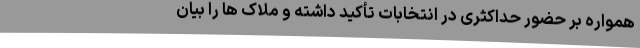
همواره بر حضور حداکثری در انتخابات تأکید داشته و ملاک ها را بیان